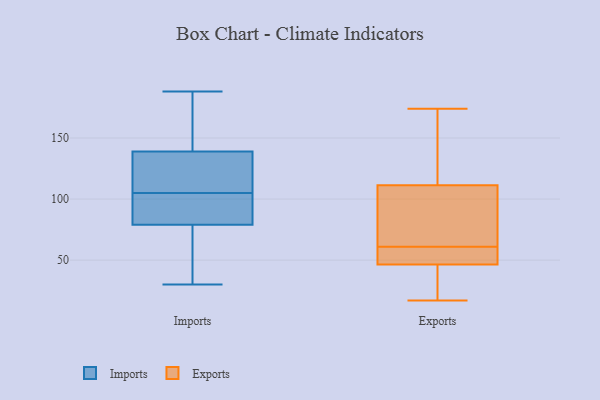
{"axis": {"x": "Active Users", "y": "Value"}, "legend": ["Exports", "Imports"], "data": [{"x": "", "y": 99, "type": "Imports"}, {"x": "", "y": 156, "type": "Imports"}, {"x": "", "y": 30, "type": "Imports"}, {"x": "", "y": 79, "type": "Imports"}, {"x": "", "y": 110, "type": "Imports"}, {"x": "", "y": 77, "type": "Imports"}, {"x": "", "y": 116, "type": "Imports"}, {"x": "", "y": 100, "type": "Imports"}, {"x": "", "y": 188, "type": "Imports"}, {"x": "", "y": 142, "type": "Imports"}, {"x": "", "y": 35, "type": "Imports"}, {"x": "", "y": 139, "type": "Imports"}, {"x": "", "y": 98, "type": "Imports"}, {"x": "", "y": 128, "type": "Imports"}, {"x": "", "y": 77, "type": "Exports"}, {"x": "", "y": 118, "type": "Exports"}, {"x": "", "y": 17, "type": "Exports"}, {"x": "", "y": 91, "type": "Exports"}, {"x": "", "y": 59, "type": "Exports"}, {"x": "", "y": 44, "type": "Exports"}, {"x": "", "y": 74, "type": "Exports"}, {"x": "", "y": 132, "type": "Exports"}, {"x": "", "y": 24, "type": "Exports"}, {"x": "", "y": 60, "type": "Exports"}, {"x": "", "y": 174, "type": "Exports"}, {"x": "", "y": 54, "type": "Exports"}, {"x": "", "y": 61, "type": "Exports"}, {"x": "", "y": 121, "type": "Exports"}, {"x": "", "y": 41, "type": "Exports"}]}